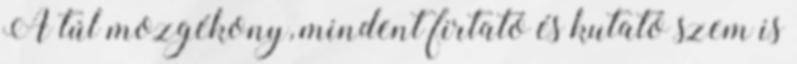
A túl mozgékony, mindent firtató és kutató szem is